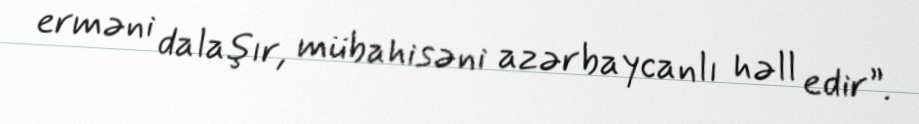
erməni dalaşır, mübahisəni azərbaycanlı həll edir”.